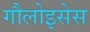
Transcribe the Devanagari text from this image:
गौलोइसेस